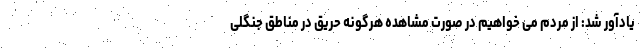
یادآور شد: از مردم می خواهیم در صورت مشاهده هرگونه حریق در مناطق جنگلی